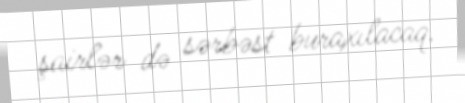
şairlər də sərbəst buraxılacaq.